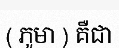
( ភូមា ) គឺជា